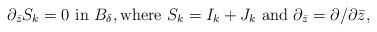
LaTeX: \begin{align*}\partial_{\bar{z}}S_k=0 \ \mbox{in $B_\delta$},\mbox{where $S_k=I_k+J_k$ and $\partial_{\bar{z}}=\partial/\partial \bar{z}$}, \end{align*}